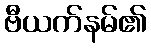
ဗီယက်နမ်၏